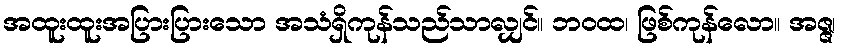
အထူးထူးအပြားပြားသော အသံရှိကုန်သည်သာလျှင်။ ဘဝထ၊ ဖြစ်ကုန်လော။ အဇ္ဇ၊